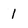
Character: I